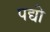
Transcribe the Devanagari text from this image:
पद्यो